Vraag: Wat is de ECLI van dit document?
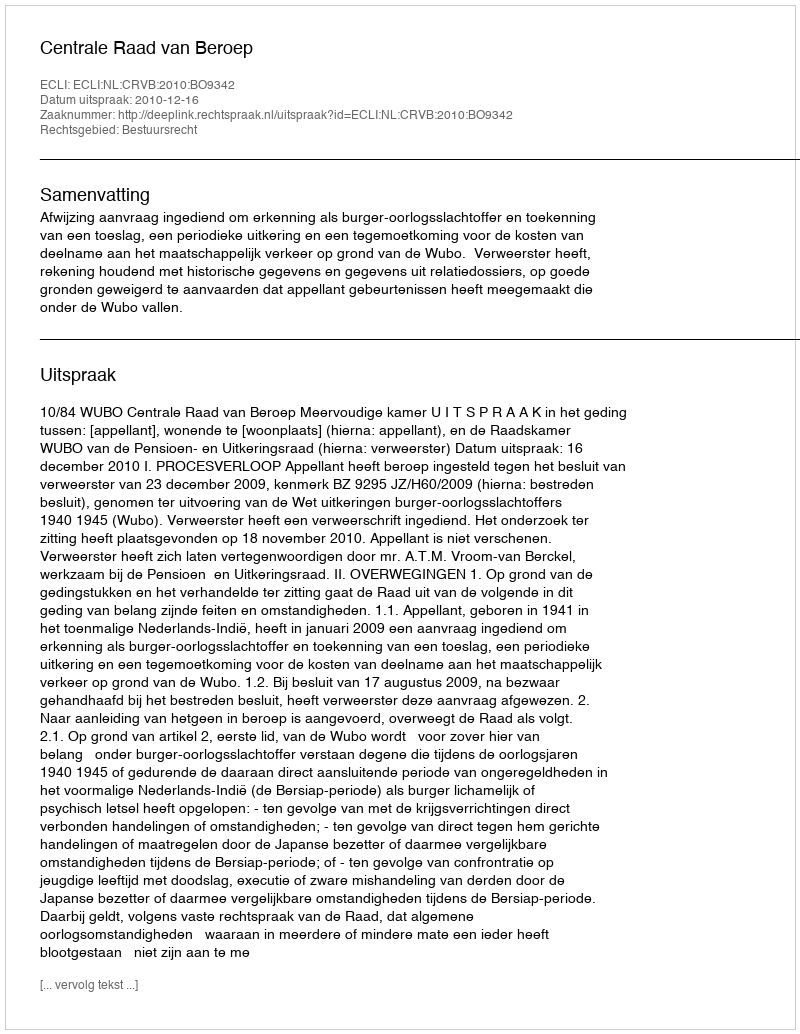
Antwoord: ECLI:NL:CRVB:2010:BO9342